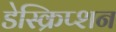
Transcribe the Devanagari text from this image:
डेस्क्रिप्शन